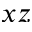
x z